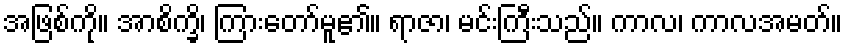
အဖြစ်ကို။ အာစိက္ခိ၊ ကြားတော်မူ၏။ ရာဇာ၊ မင်းကြီးသည်။ ကာလ၊ ကာလအမတ်။